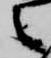
之